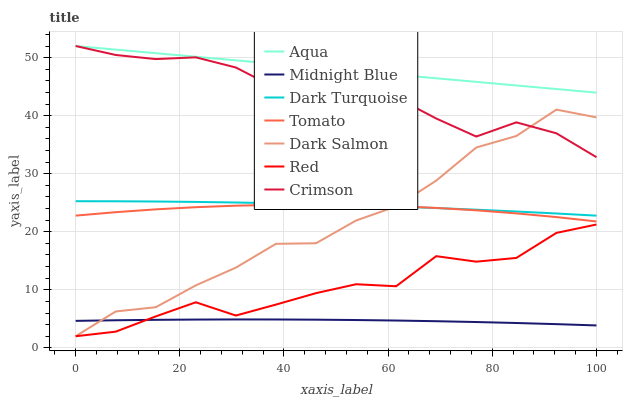
| xaxis_label | Aqua | Midnight Blue | Dark Turquoise | Tomato | Dark Salmon | Red | Crimson |
 | --- | --- | --- | --- | --- | --- | --- | --- |
 | 0 | 52 | 4.65 | 25.3 | 22.8 | 2 | 2 | 52 |
 | 7.69 | 51.4 | 4.75 | 25.3 | 23.4 | 6.27 | 2.79 | 50.5 |
 | 15.4 | 50.8 | 4.83 | 25.2 | 23.9 | 7 | 5.42 | 49.7 |
 | 23.1 | 50.1 | 4.88 | 25.1 | 24.2 | 10.8 | 7.85 | 50 |
 | 30.8 | 49.5 | 4.9 | 25 | 24.5 | 13.8 | 5.57 | 48.3 |
 | 38.5 | 48.9 | 4.89 | 24.9 | 24.6 | 17.9 | 7.46 | 44.7 |
 | 46.2 | 48.3 | 4.86 | 24.7 | 24.7 | 18 | 9.43 | 45.2 |
 | 53.8 | 47.7 | 4.79 | 24.6 | 24.6 | 21.9 | 11 | 40.2 |
 | 61.5 | 47.1 | 4.71 | 24.3 | 24.4 | 24.4 | 10.6 | 43.1 |
 | 69.2 | 46.4 | 4.59 | 24.1 | 24.1 | 28.8 | 15.8 | 39.5 |
 | 76.9 | 45.8 | 4.45 | 23.8 | 23.7 | 34.5 | 14.8 | 36.4 |
 | 84.6 | 45.2 | 4.28 | 23.5 | 23.2 | 36.5 | 15.5 | 38.8 |
 | 92.3 | 44.6 | 4.09 | 23.1 | 22.5 | 41 | 19.8 | 37 |
 | 100 | 44 | 3.86 | 22.8 | 21.8 | 39.7 | 21.3 | 32.8 |